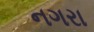
નગરા